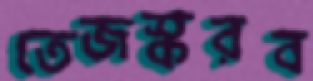
তেজস্করব